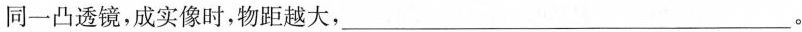
同一凸透镜，成实像时，物距越大，___。